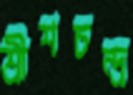
শ্রীশচন্দ্র